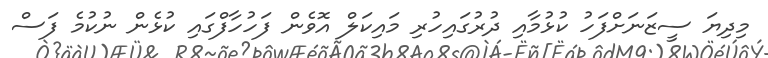
މިދިޔަ ސީޒަނަށްފަހު ކުޅުމާއި ދުރުގައިހުރި މައިކަލް އޮވެން ފަހުހާފްގައި ކުޅެން ނުކުމެ ފަސް